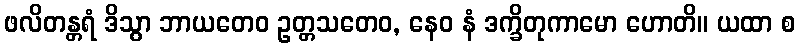
ဖလိတန္တရံ ဒိသွာ ဘာယတေဝ ဥတ္တသတေဝ, နေဝ နံ ဒက္ခိတုကာမော ဟောတိ။ ယထာ စ